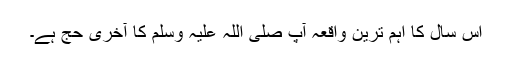
اس سال کا اہم ترین واقعہ آپ صلی اللہ علیہ وَسلم کا آخری حج ہے۔